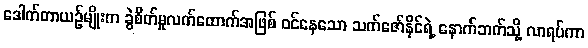
ဒေါက်တာယဉ်မျိုးက ခွဲစိတ်မှုလက်ထောက်အဖြစ် ဝင်နေသော သက်ဇော်နိုင်ရဲ့ နောက်ဘက်သို့ လာရပ်ကာ